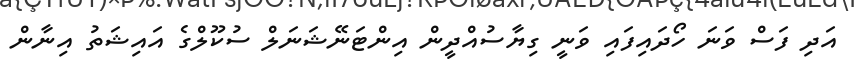
އަދި ފަސް ވަނަ ހޯދައިފައި ވަނީ ގިޔާސުއްދީން އިންޓަނޭޝަނަލް ސުކޫލްގެ އައިޝަތު އިނާން